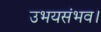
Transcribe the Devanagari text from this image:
उभयसंभव।